system: You are a helpful assistant.
user:
Analyze the provided spectrum to determine if it is a **M-type Giant (gM)**.

A M-type Giant spectrum is defined by its **strong molecular absorption** features, particularly from **Titanium Oxide (TiO)**. You must check for one of the following mutually exclusive signatures:

- **Key Visual Indicators (Absorption-Dominated Spectrum):**

    - **(Primary):** The spectrum is dominated by strong molecular absorption from **Titanium Oxide (TiO)**. This is the **defining feature** of its M-type temperature class.
        - **(Key Bandheads):** Look for sharp, "saw-tooth" absorption valleys. The strongest are located near **~7050 Å**, **~6160 Å**, and **~5170 Å**.
        - **(Line Profile):** The "saw-tooth" morphology is critical: a **sharp, steep drop on the BLUE (short-wavelength) side** of the bandhead, followed by a gradual recovery (rising flux) towards the RED (long-wavelength) side.

    - **(Key Confirmation - Giant vs. Dwarf):** **ABSENCE** of strong **Calcium Hydride (CaH)** molecular bands. This is the primary diagnostic for *excluding* M-dwarfs.
        - **(Key Region):** The spectrum should lack the strong, broad absorption band seen in dwarfs between **~6800 Å and ~7000 Å**.

    - **(Secondary Confirmation - Giant):** A very strong and broad **Neutral Calcium (Ca I)** atomic absorption line.
        - **(Key Line):** Located at **~4226 Å**. In a giant (gM), this line is significantly deeper and broader than the same line in an M-dwarf (dM) due to low surface gravity.

    - **(Overall Spectrum):**
        - The continuum is **extremely red-sloping** (i.e., flux is very low in the blue and rises dramatically towards the red).
        - The entire spectrum appears "chopped up" by the deep TiO bands.

Think first, call **spectral_visualization_tool** if needed to examine features in detail, then provide your final answer. Your response must adhere to the following strict rules:
1.  **Overall Structure:** Your response must follow the format `<think>...</think> <tool_call>...</tool_call> (if a tool is used) <answer>...</answer>`.
2.  **Tool Usage Constraint:** You may only make **one** tool call per turn.
3.  **Final Answer Format:** In the `<answer>` tag, your conclusion must be inside a `\boxed{}` command (e.g., `\boxed{YES}` or `\boxed{NO}`), followed by your justification.

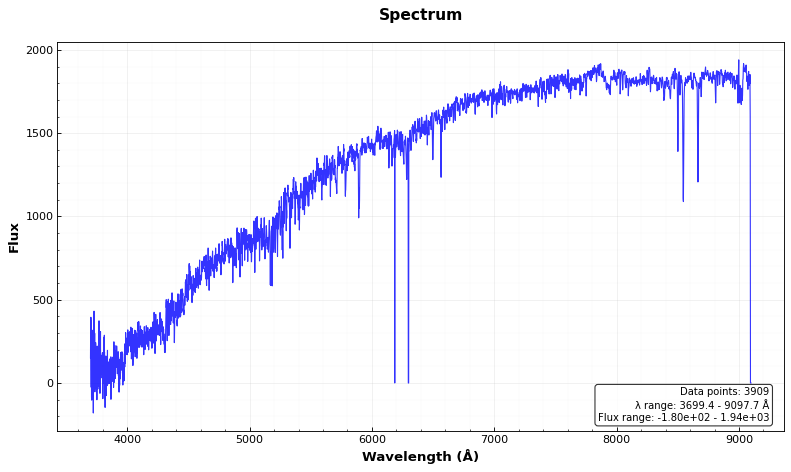
Answer: NO